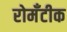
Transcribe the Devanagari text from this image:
रोमँटीक